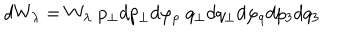
d W _ { \lambda } = W _ { \lambda } \; p _ { \perp } d p _ { \perp } d \varphi _ { p } \; q _ { \perp } d q _ { \perp } d \varphi _ { q } d p _ { 3 } d q _ { 3 }